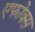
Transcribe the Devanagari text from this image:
एफोक्स